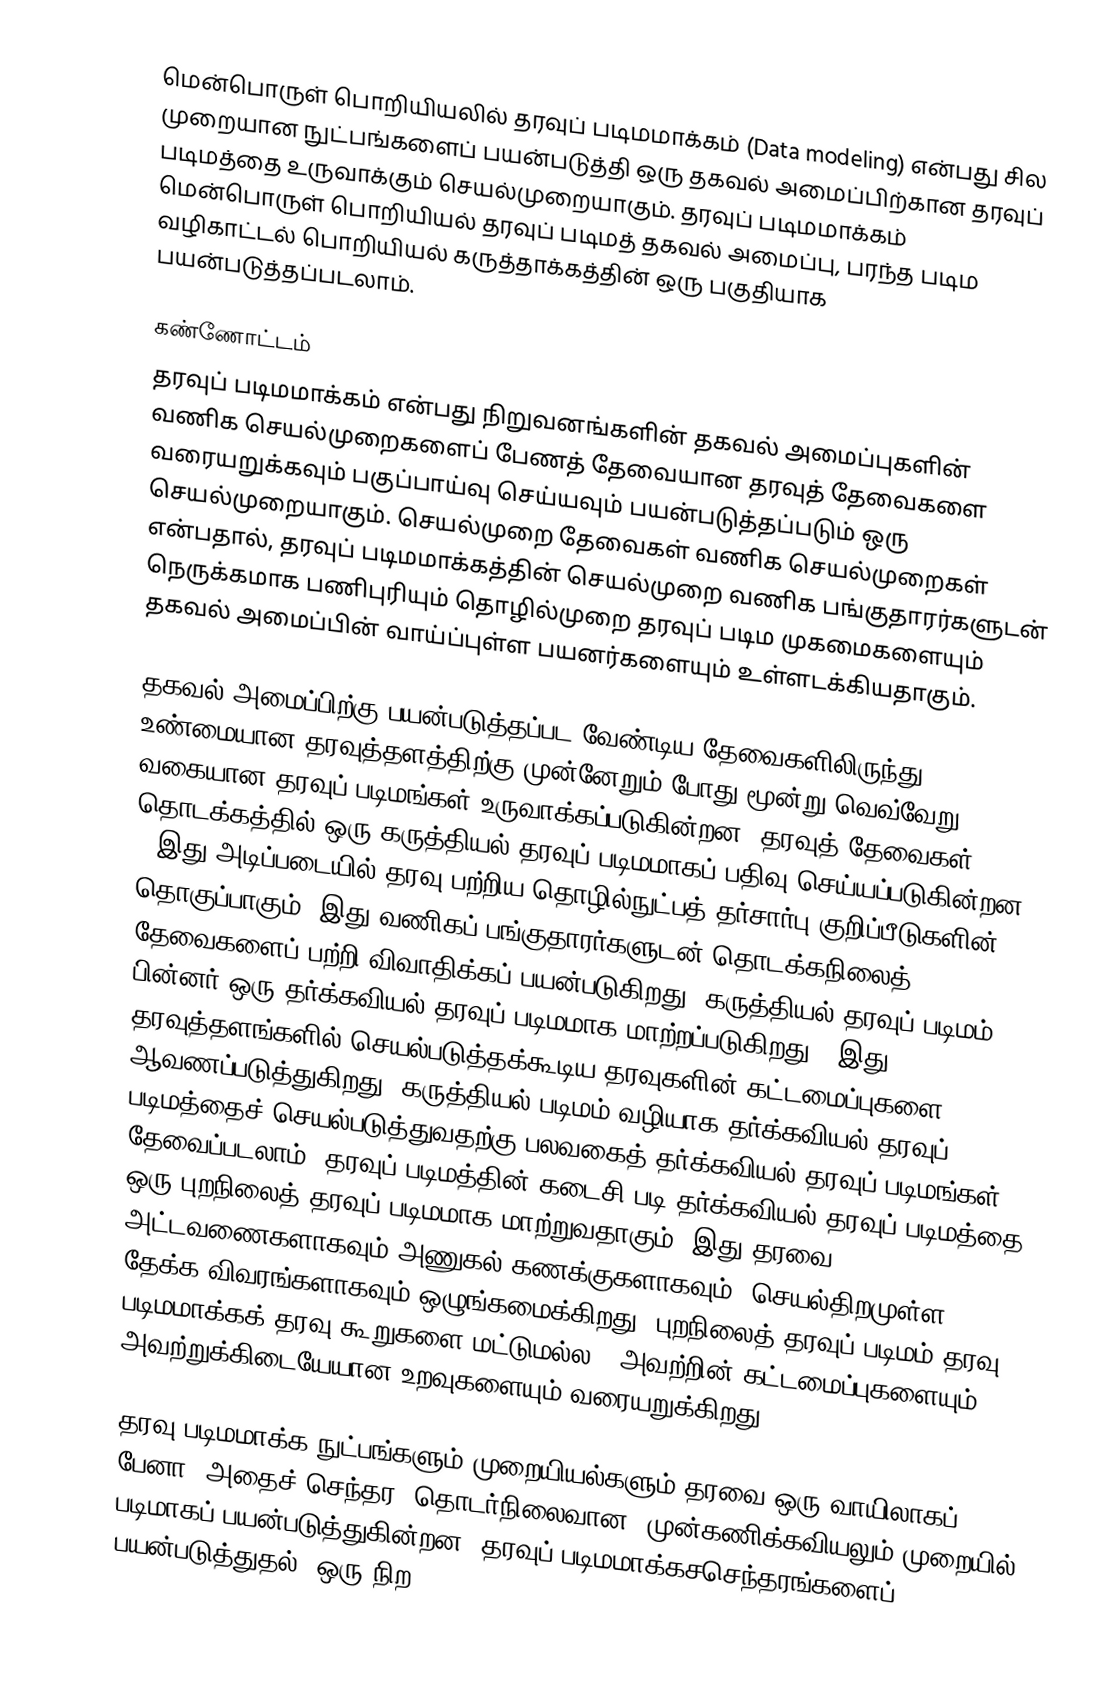
மென்பொருள் பொறியியலில் தரவுப் படிமமாக்கம் (Data modeling) என்பது சில முறையான நுட்பங்களைப் பயன்படுத்தி ஒரு தகவல் அமைப்பிற்கான தரவுப் படிமத்தை உருவாக்கும் செயல்முறையாகும். தரவுப் படிமமாக்கம் மென்பொருள் பொறியியல் தரவுப் படிமத் தகவல் அமைப்பு, பரந்த படிம வழிகாட்டல்  பொறியியல் கருத்தாக்கத்தின் ஒரு பகுதியாக  பயன்படுத்தப்படலாம்.

கண்ணோட்டம்
தரவுப் படிமமாக்கம்  என்பது நிறுவனங்களின்  தகவல் அமைப்புகளின் வணிக செயல்முறைகளைப் பேணத் தேவையான தரவுத் தேவைகளை வரையறுக்கவும் பகுப்பாய்வு செய்யவும் பயன்படுத்தப்படும் ஒரு செயல்முறையாகும். செயல்முறை தேவைகள் வணிக செயல்முறைகள் என்பதால், தரவுப் படிமமாக்கத்தின் செயல்முறை வணிக பங்குதாரர்களுடன் நெருக்கமாக பணிபுரியும் தொழில்முறை தரவுப் படிம முகமைகளையும்   தகவல் அமைப்பின் வாய்ப்புள்ள பயனர்களையும் உள்ளடக்கியதாகும்.

தகவல் அமைப்பிற்கு பயன்படுத்தப்பட வேண்டிய தேவைகளிலிருந்து உண்மையான தரவுத்தளத்திற்கு முன்னேறும் போது மூன்று வெவ்வேறு வகையான தரவுப் படிமங்கள் உருவாக்கப்படுகின்றன.  தரவுத் தேவைகள் தொடக்கத்தில் ஒரு கருத்தியல் தரவுப்  படிமமாகப் பதிவு செய்யப்படுகின்றன , இது அடிப்படையில் தரவு பற்றிய தொழில்நுட்பத் தர்சார்பு குறிப்பீடுகளின் தொகுப்பாகும்.   இது வணிகப் பங்குதாரர்களுடன்  தொடக்கநிலைத் தேவைகளைப் பற்றி விவாதிக்கப் பயன்படுகிறது. கருத்தியல் தரவுப் படிமம் பின்னர் ஒரு தர்க்கவியல் தரவுப் படிமமாக  மாற்றப்படுகிறது , இது தரவுத்தளங்களில் செயல்படுத்தக்கூடிய தரவுகளின் கட்டமைப்புகளை ஆவணப்படுத்துகிறது. கருத்தியல் படிமம் வழியாக தர்க்கவியல் தரவுப் படிமத்தைச்  செயல்படுத்துவதற்கு பலவகைத் தர்க்கவியல் தரவுப் படிமங்கள் தேவைப்படலாம். தரவுப் படிமத்தின் கடைசி படி தர்க்கவியல் தரவுப் படிமத்தை  ஒரு புறநிலைத் தரவுப்  படிமமாக மாற்றுவதாகும். இது தரவை அட்டவணைகளாகவும் அணுகல் கணக்குகளாகவும், செயல்திறமுள்ள தேக்க விவரங்களாகவும் ஒழுங்கமைக்கிறது. புறநிலைத்  தரவுப் படிமம் தரவு  படிமமாக்கக் தரவு கூறுகளை மட்டுமல்ல , அவற்றின் கட்டமைப்புகளையும்  அவற்றுக்கிடையேயான உறவுகளையும் வரையறுக்கிறது.

தரவு படிமமாக்க நுட்பங்களும் முறையியல்களும் தரவை ஒரு வாயிலாகப் பேனா, அதைச் செந்தர, தொடர்நிலைவான, முன்கணிக்கவியலும் முறையில் படிமாகப் பயன்படுத்துகின்றன. தரவுப் படிமமாக்கசசெந்தரங்களைப் பயன்படுத்துதல்,  ஒரு நிற